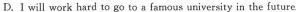
D.I will work hard to go to a famous university in the future.